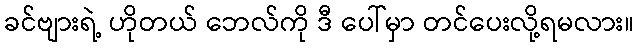
ခင်ဗျားရဲ့ ဟိုတယ် ဘေလ်ကို ဒီ ပေါ်မှာ တင်ပေးလို့ရမလား။